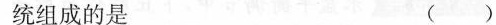
统组成的是 （）